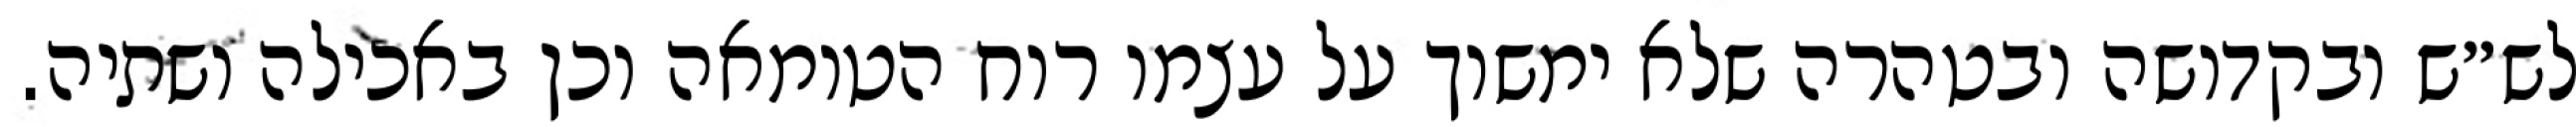
לש״ש ובקדושה ובטהרה שלא ימשוך על עצמו רוח הטומאה וכן באכילה ושתיה.